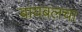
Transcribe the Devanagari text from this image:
बायबलचा